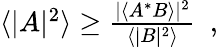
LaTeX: \begin{array}{r}{\langle|A|^{2}\rangle\ge\frac{|\langle A^{\ast}B\rangle|^{2}}{\langle|B|^{2}\rangle}~~,}\end{array}